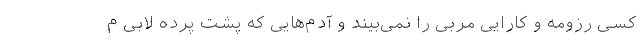
کسی رزومه و کارایی مربی را نمی‌بیند و آدم‌هایی که پشت پرده لابی م